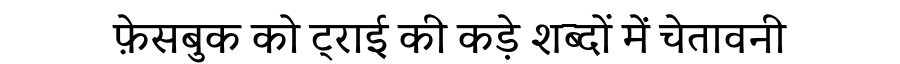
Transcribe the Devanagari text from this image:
फ़ेसबुक को ट्राई की कड़े शब्दों में चेतावनी